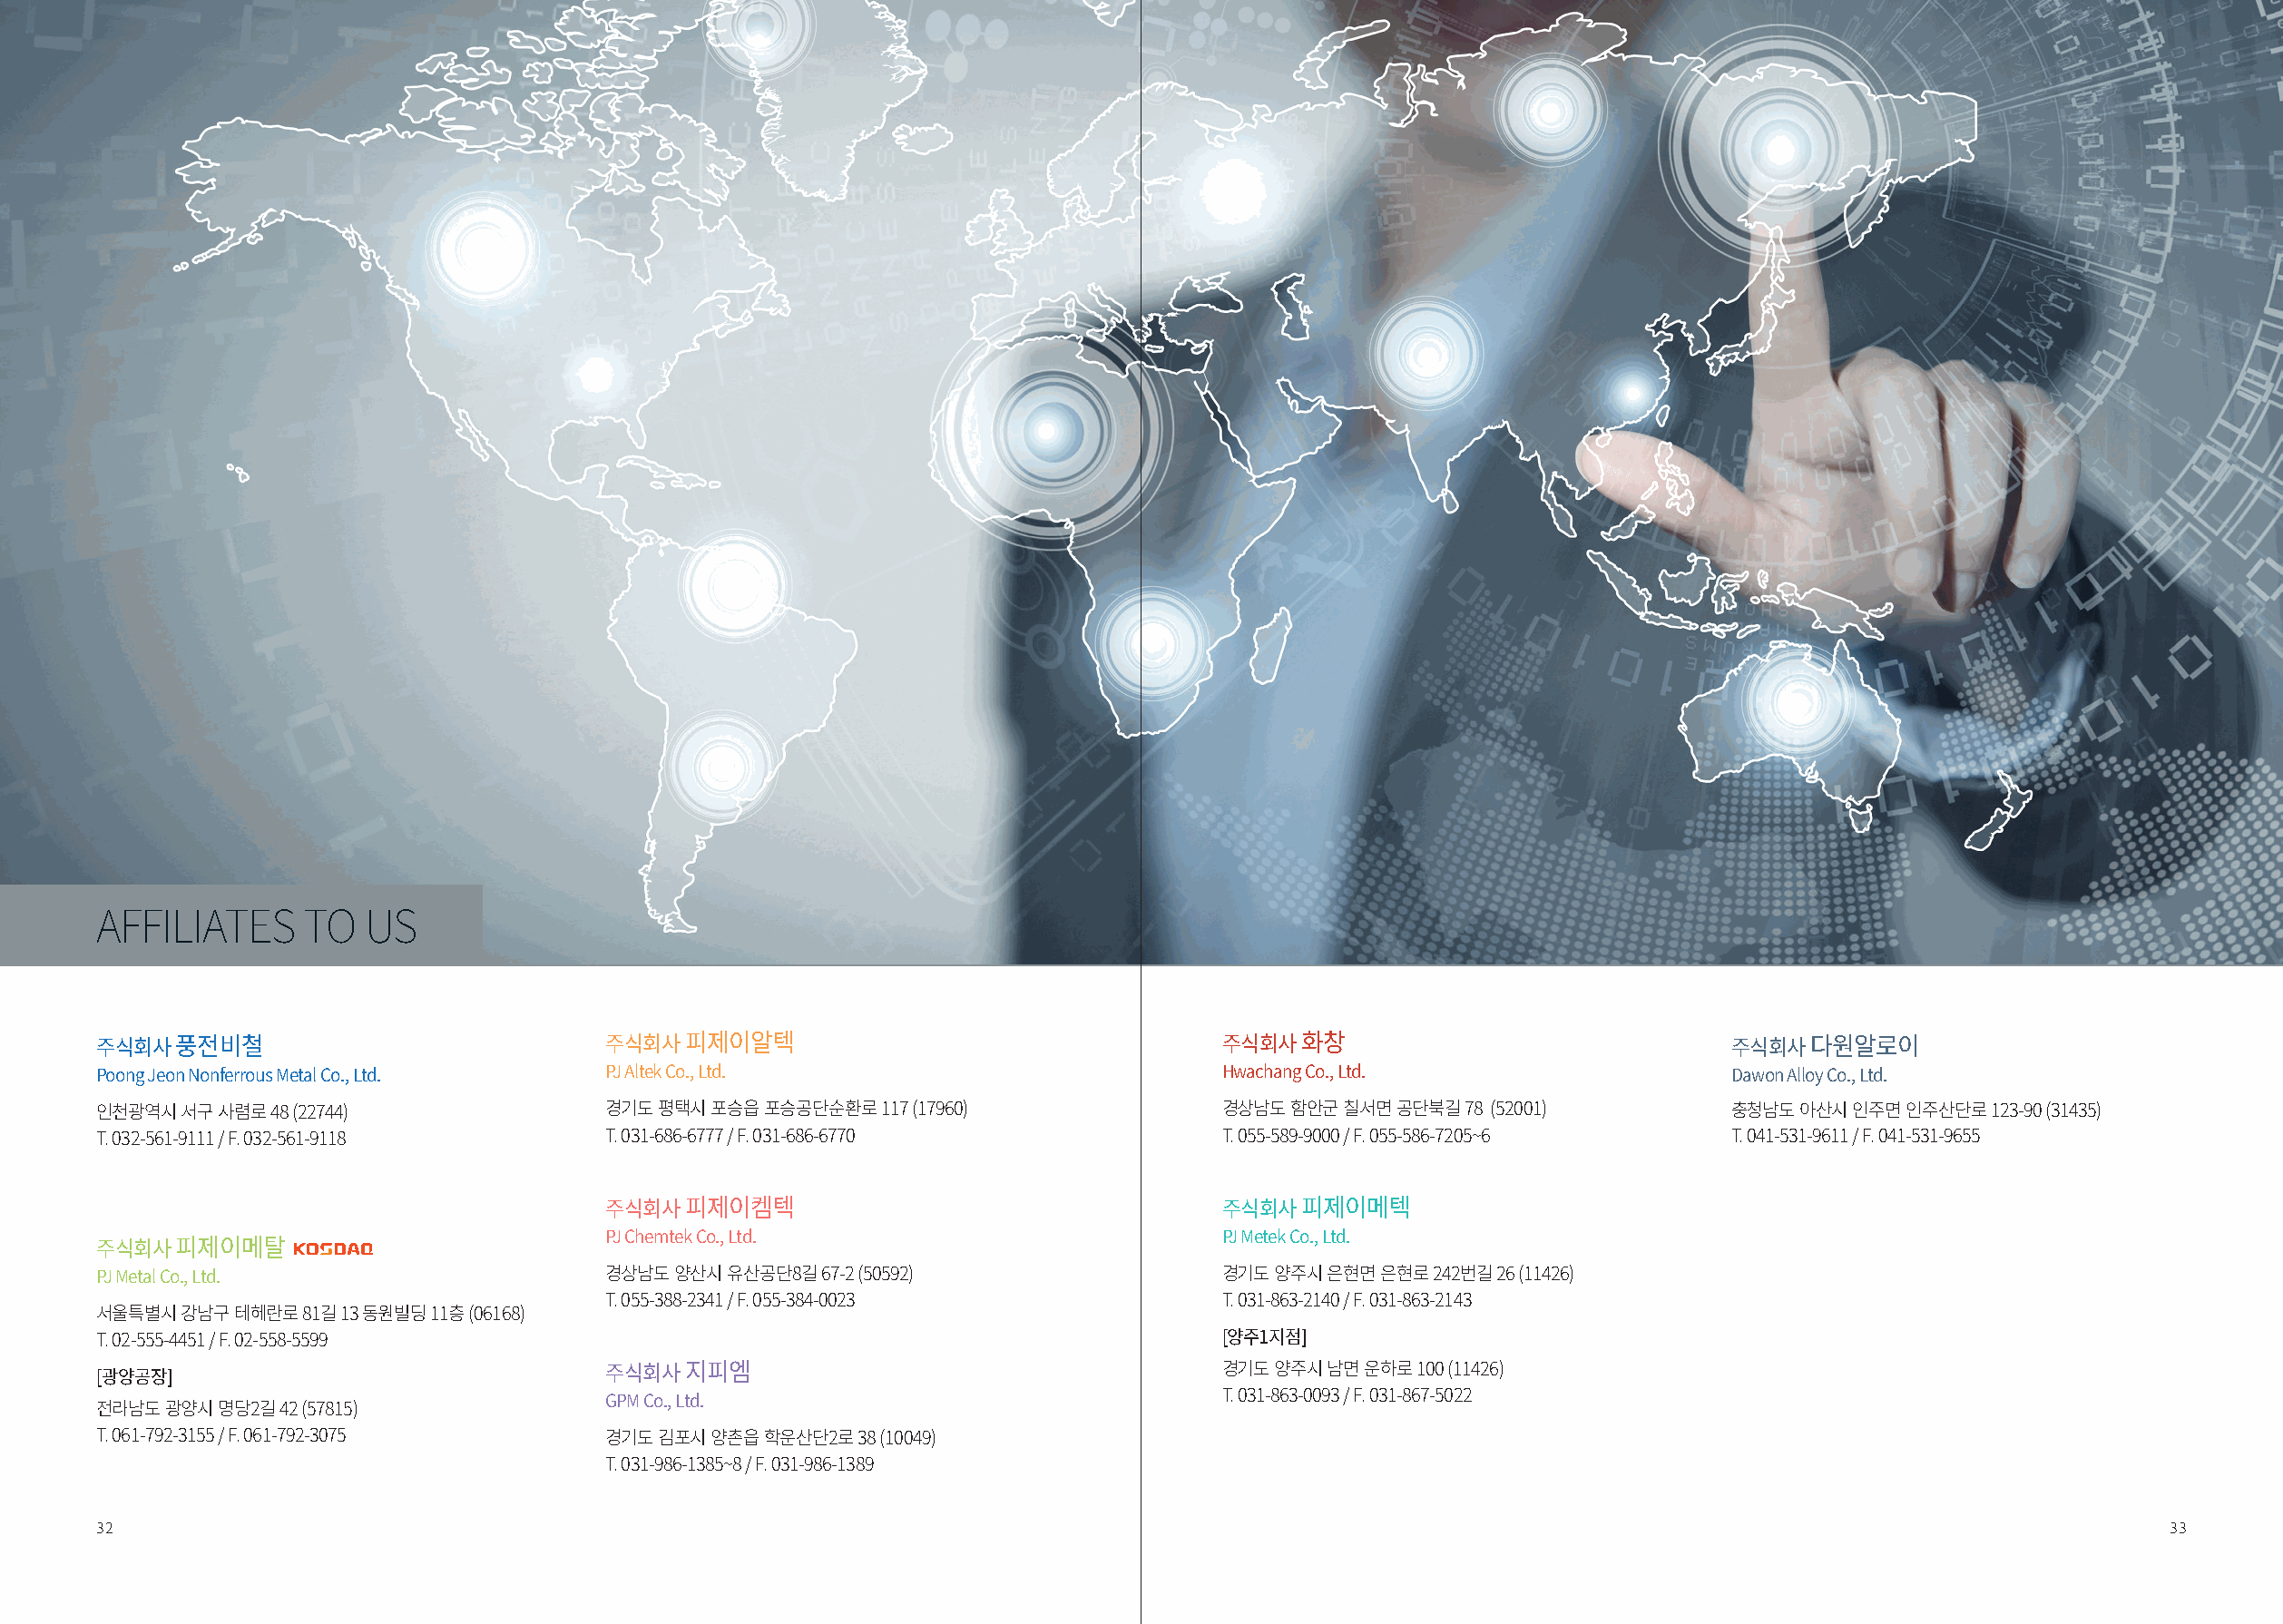
AFFILIATES     TO   US
 주식회사  풍전비철                           주식회사  피제이알텍                                  주식회사  화창                             주식회사  다원알로이
 Poong Jeon Nonferrous Metal Co., Ltd. PJ Altek Co., Ltd.                          Hwachang Co., Ltd.                   Dawon Alloy Co., Ltd.
 인천광역시 서구 사렴로 48 (22744)              경기도 평택시 포승읍 포승공단순환로 117 (17960)              경상남도 함안군 칠서면 공단북길 78 (52001)         충청남도 아산시 인주면 인주산단로 123-90 (31435)
 T. 032-561-9111 / F. 032-561-9118    T. 031-686-6777 / F. 031-686-6770            T. 055-589-9000 / F. 055-586-7205~6  T. 041-531-9611 / F. 041-531-9655
 주식회사  피제이켐텍                                  주식회사  피제이메텍
 PJ Chemtek Co., Ltd.                         PJ Metek Co., Ltd.
 주식회사  피제이메탈
 PJ Metal Co., Ltd.                   경상남도 양산시 유산공단8길 67-2 (50592)                 경기도 양주시 은현면 은현로 242번길 26 (11426)
 T. 055-388-2341 / F. 055-384-0023            T. 031-863-2140 / F. 031-863-2143
 서울특별시 강남구 테헤란로 81길 13 동원빌딩 11층 (06168)
 T. 02-555-4451 / F. 02-558-5599                                                   [양주1지점]
 [광양공장]                               주식회사  지피엠                                    경기도 양주시 남면 운하로 100 (11426)
 GPM Co., Ltd.                                T. 031-863-0093 / F. 031-867-5022
 전라남도 광양시 명당2길 42 (57815)
 T. 061-792-3155 / F. 061-792-3075    경기도 김포시 양촌읍 학운산단2로 38 (10049)
 T. 031-986-1385~8 / F. 031-986-1389
 32                                                                                                                                                     33